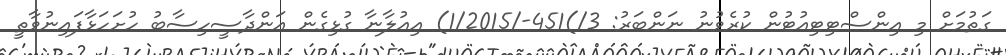
ގަތުމަށް މި އިންސްޓިޓިއުޓުން ކުރެވުނު ނަންބަރު: 3/)451-/1/2015) އިޢުލާނާ ގުޅިގެން އަންދާސީހިސާބު ހުށަހަޅާފައިނުވާތީ